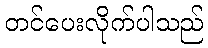
တင်ပေးလိုက်ပါသည်